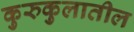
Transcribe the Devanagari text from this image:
कुरुकुलातील